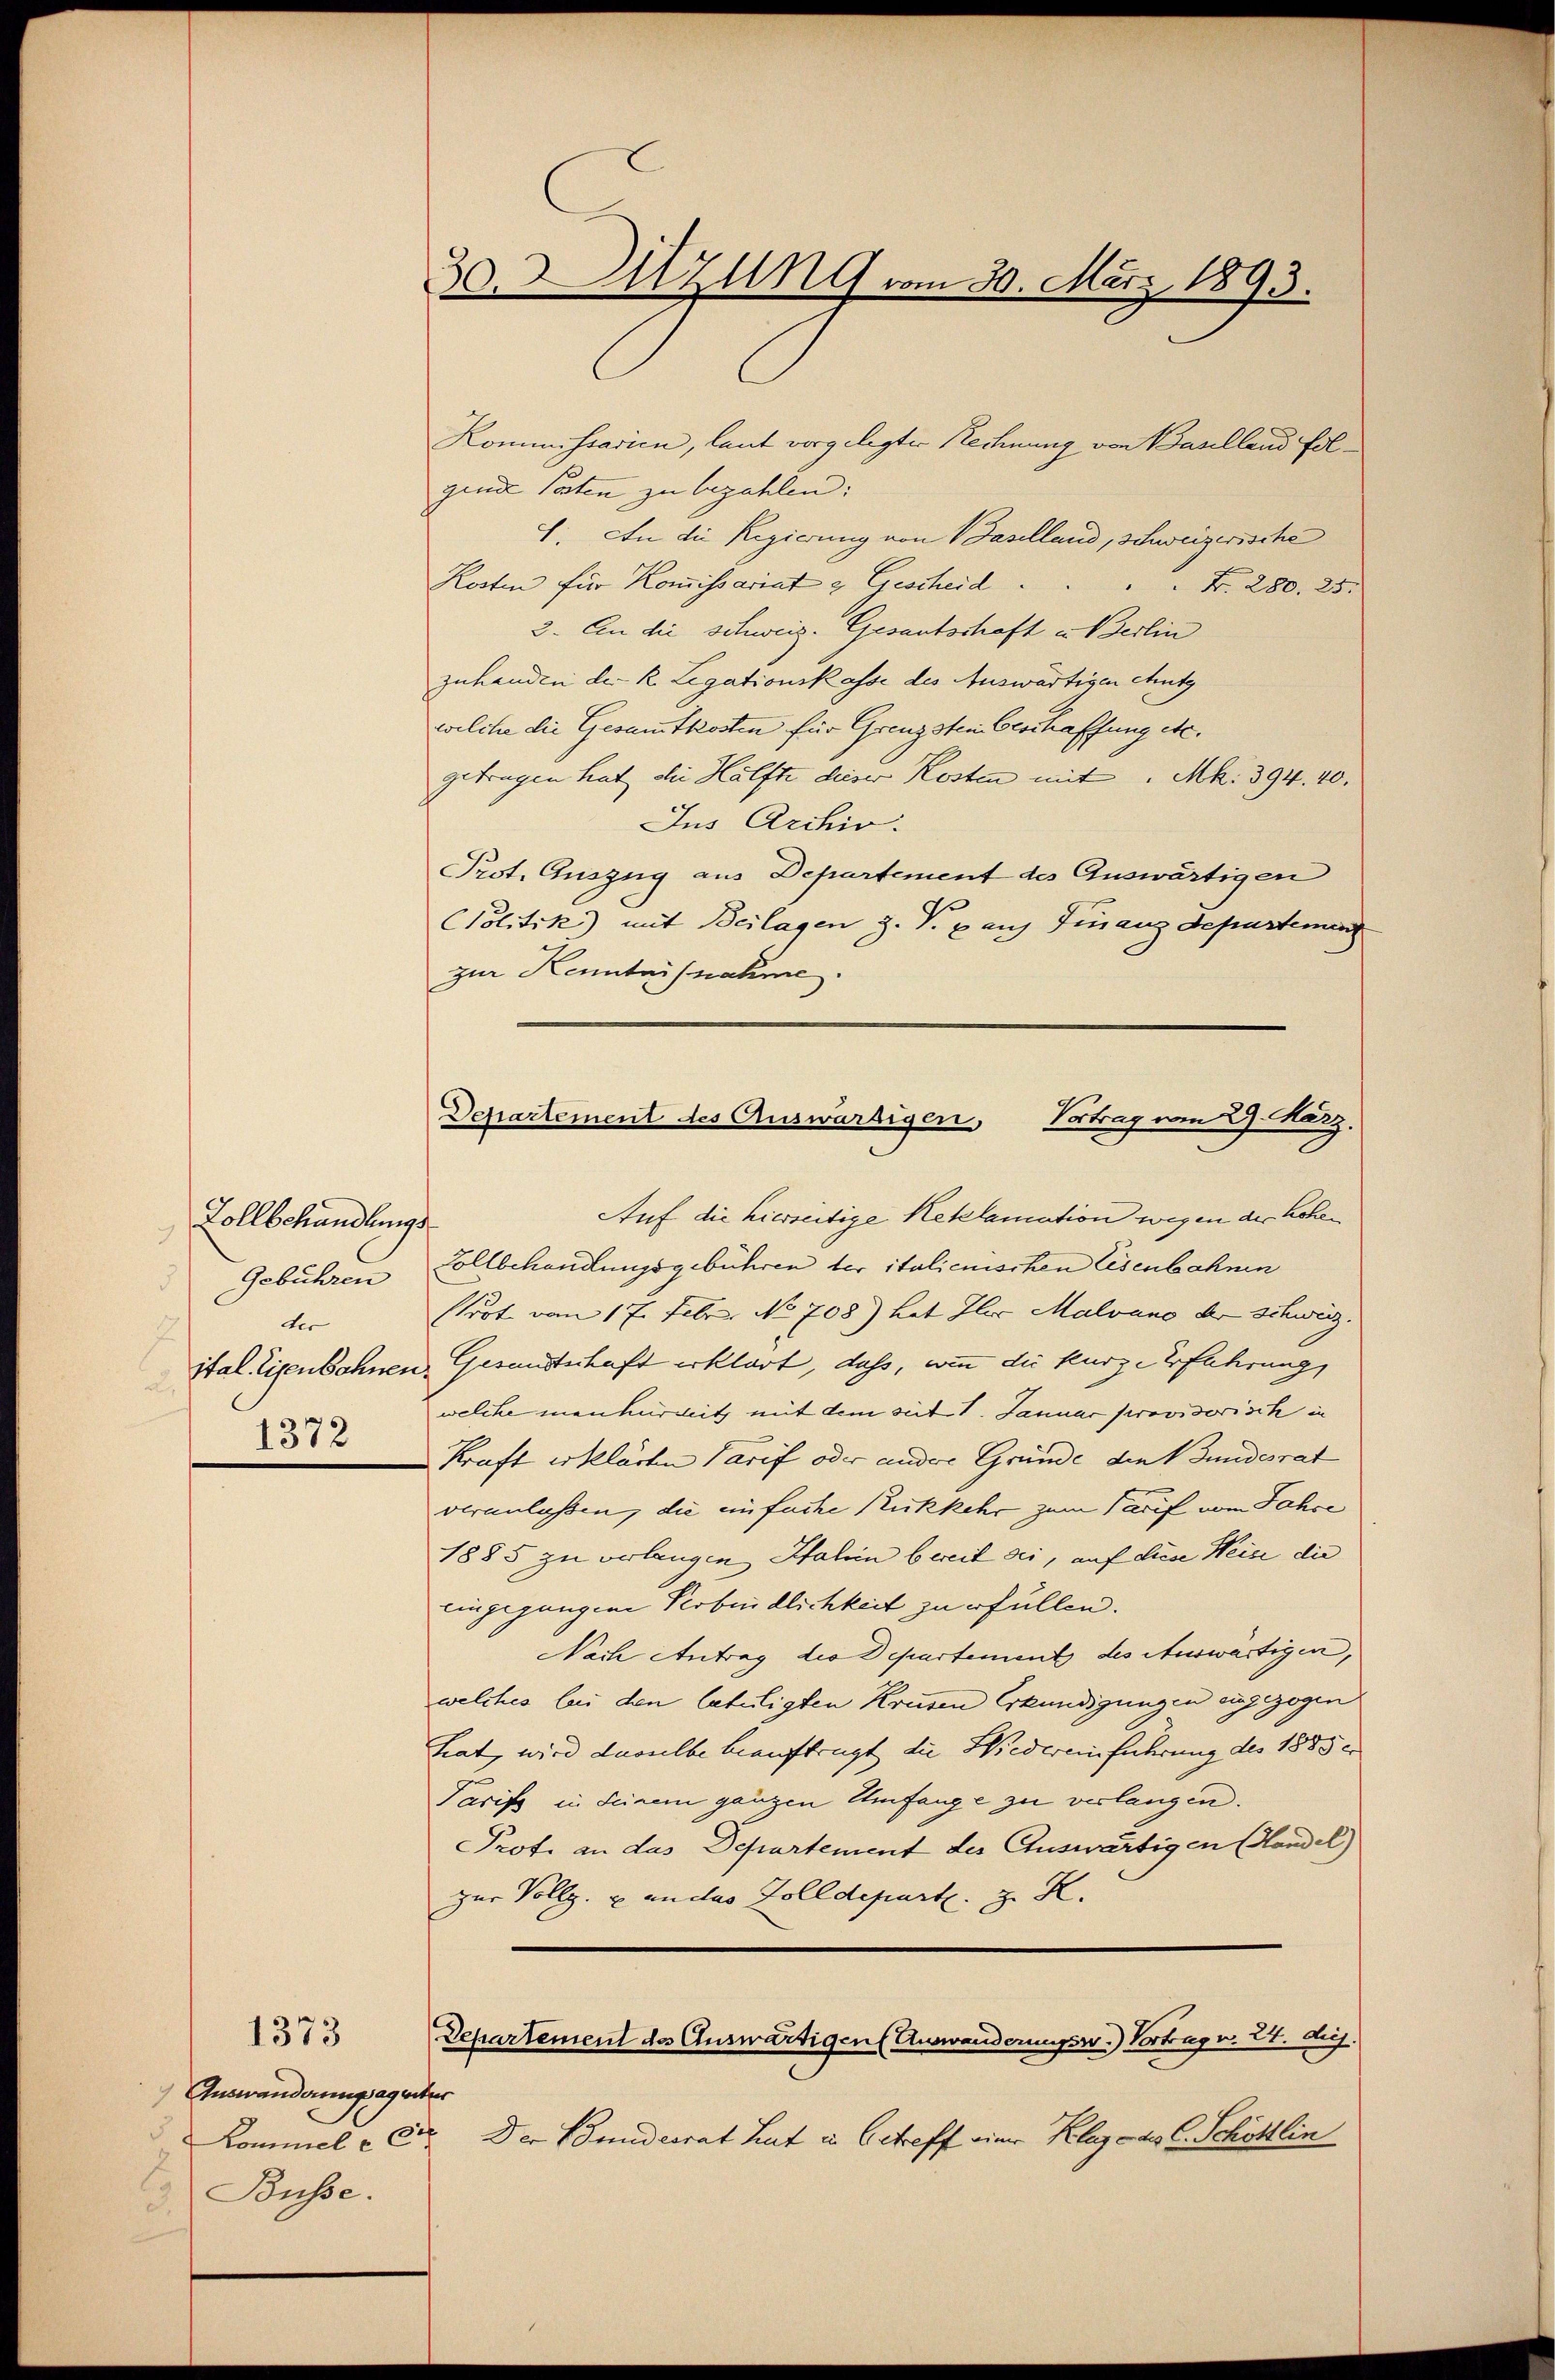
Zollbehandlungs¬
Gebühren
ter
u
1372

Auswanderungsagentur
Büsse.

1373

30. Sitzung vom 30. März 1893.

Kommissarien, laut vorgelegter Rechnung von Baselland folgende Parten zu bezahlen:
1. An die Regierung von Baselland, schweizerische
Kosten für Kommissariat & Gescheid
 N. 280. 25.
2. An die schweiz. Gesantschaft u. Berlin
zuhanden der k. Legationskasse des Auswärtigen Mutz
welche die Gesammtkosten für Grenzstein Geschaffung etc.
getragen hat die Hälfte dieser Kosten mit " Mk: 394. 40.
Jus Archiv.
Prot. Auszug aus Departement des Auswärtigen
Politik) mit Beilagen z. T. ganz Finanz depustement
zur Kenntnisnahme.

Departement des Auswärtigen Vertrag von 2. März.

Auf die hierseitige Retelamation wegen der hohen
Zollbehandlungsgebühren der italicuischen Eisenbahnen
stört vom 17. Febr. No 708) hat Iler Malvano der Schweiz.
ital. Eisenbahnen Gesandtschaft erklärt, daß, wenn die kurze Erfahrung,
welche menkürmit, mit dem sit V. Januar provisorisch in
Kraft erklärten Tarif oder andere Gründe den Bundesrat
veranlassen, die einfache Rückkehr zum Tarif vom Jahre
1885 zu verlangen Halein bereit sei, auf dien Weise die
eingegangene Verbindlichkeit zu erfüllen.
Nach Antrag die Departement des Auswärtigen,
welches bei den letuligten Kreisen Erkundigungen zugezogen
hat, wird daselbe beauftragt die Wiedereinführung des 1885
Tarifs in seinem ganzen Umfange zu verlangen.
Prof. an das Departement der Auswärtigen Handel)
zur Vollg. u. andes Zolldepartl. z. K.
Departement des Auswärtigen Auswanderungss.) Vortrag v. 27. d.
Kommel u Sr. Der Sonderrat Leut in betreff einer Klage des C. Schöttlin